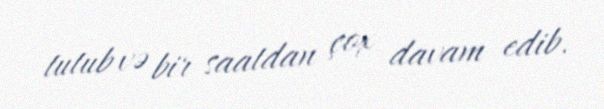
tutub və bir saatdan çox davam edib.